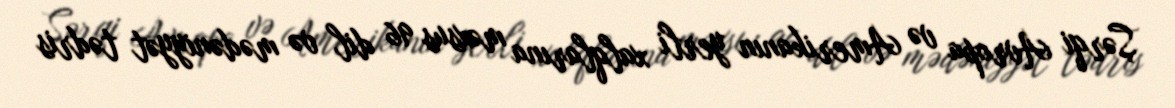
Şərqi Avropa və Amerikanın yerli xalqlarına məxsus 96 dil və mədəniyyət tədris